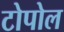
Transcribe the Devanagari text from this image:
टोपोल